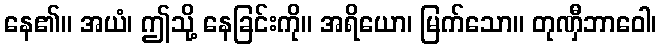
နေ၏။ အယံ၊ ဤသို့ နေခြင်းကို။ အရိယော၊ မြက်သော။ တုဏှီဘာဝေါ၊